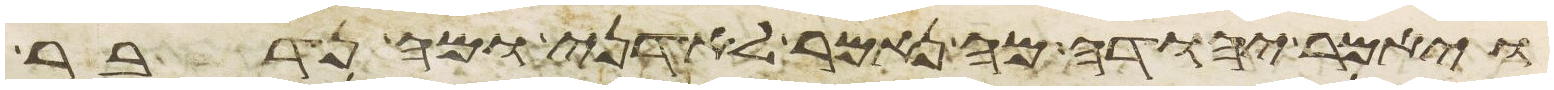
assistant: ויאמר יהודה מה נאמר לאדני ומה נדבר